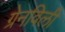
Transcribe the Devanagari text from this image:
ग्रेनविली